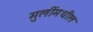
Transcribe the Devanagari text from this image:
मुलींमधील